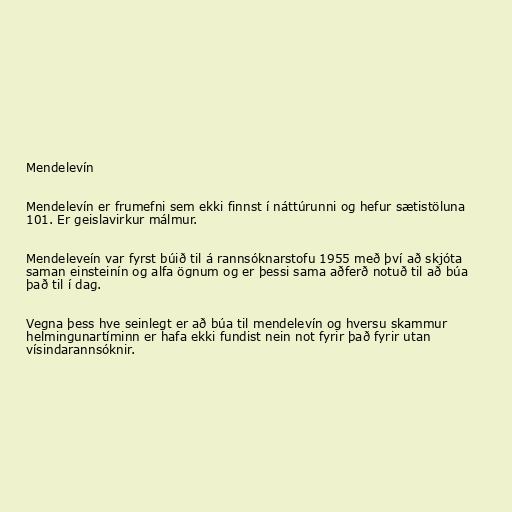
Mendelevín

Mendelevín er frumefni sem ekki finnst í náttúrunni og hefur sætistöluna
101. Er geislavirkur málmur.

Mendeleveín var fyrst búið til á rannsóknarstofu 1955 með því að skjóta
saman einsteinín og alfa ögnum og er þessi sama aðferð notuð til að búa
það til í dag.

Vegna þess hve seinlegt er að búa til mendelevín og hversu skammur
helmingunartíminn er hafa ekki fundist nein not fyrir það fyrir utan
vísindarannsóknir.